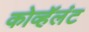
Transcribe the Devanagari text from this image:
कोव्हॅलंट